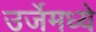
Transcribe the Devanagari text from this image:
उर्जेमध्ये